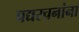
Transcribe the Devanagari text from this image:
पद्यरचनांना